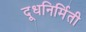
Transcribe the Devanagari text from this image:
दूधनिर्मिती